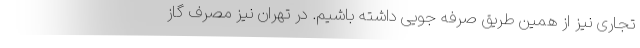
تجاری نیز از همین طریق صرفه جویی داشته باشیم. در تهران نیز مصرف گاز